Indian Civil Veterinary Department memoirs
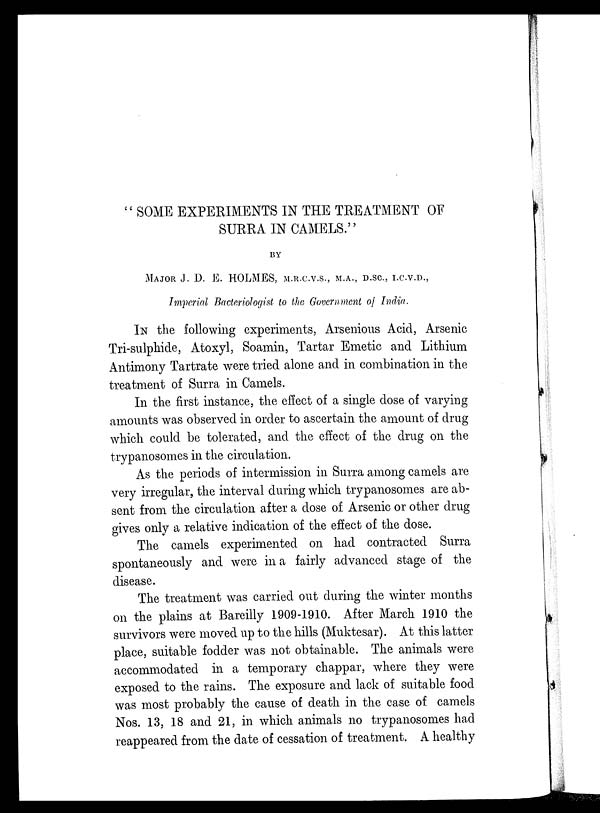
" SOME EXPERIMENTS IN THE TREATMENT OF
SURRA IN CAMELS."
BY
MAJOR J. D. E. HOLMES, mM.R.C.V.S., M.A., D.SC, I.C.V.D.,
Imperial Bacteriologist to the Government of India.
IN the following experiments, Arsenious Acid, Arsenic
Tri-sulphide, Atoxyl, Soamin, Tartar Emetic and Lithium
Antimony Tartrate were tried alone and in combination in the
treatment of Surra in Camels.
In the first instance, the effect of a single dose of varying
amounts was observed in order to ascertain the amount of drug
which could be tolerated, and the effect of the drug on the
trypanosomes in the circulation.
As the periods of intermission in Surra among camels are
very irregular, the interval during which trypanosomes are ab-
sent from the circulation after a dose of Arsenic or other drug
gives only a relative indication of the effect of the dose.
The camels experimented on had contracted Surra
spontaneously and were in a fairly advanced stage of the
disease.
The treatment was carried out during the winter months
on the plains at Bareilly 1909-1910. After March 1910 the
survivors were moved up to the hills (Muktesar). At this latter
place, suitable fodder was not obtainable. The animals were
accommodated in a temporary chappar, where they were
exposed to the rains. The exposure and lack of suitable food
was most probably the cause of death in the case of camels
Nos. 13, 18 and 21, in which animals no trypanosomes had
reappeared from the date of cessation of treatment. A healthy